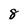
Character: 8